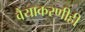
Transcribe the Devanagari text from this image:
वैयाकरणीही